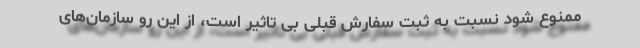
ممنوع شود نسبت به ثبت سفارش قبلی بی تاثیر است، از این رو سازمان‌های